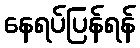
နေရပ်ပြန်ရန်